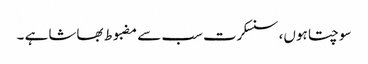
سوچتا ہوں، سنسکرت سب سے مضبوط بھاشا ہے ۔